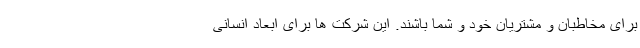
برای مخاطبان و مشتریان خود و شما باشند. این شرکت ها برای ابعاد انسانی